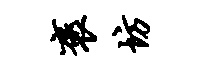
褒坊